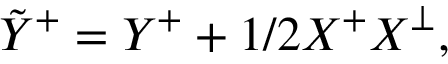
\tilde { Y } ^ { + } = Y ^ { + } + 1 / 2 X ^ { + } X ^ { \perp } ,